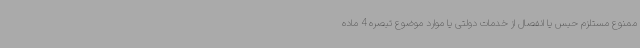
ممنوع مستلزم حبس یا انفصال از خدمات دولتی یا موارد موضوع تبصره 4 ماده